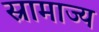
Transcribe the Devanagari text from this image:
स्रामाज्य